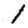
Digit: 1